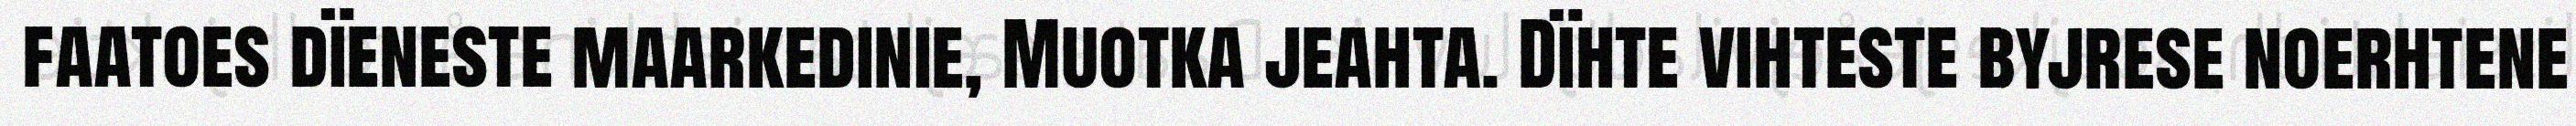
faatoes dïeneste maarkedinie, Muotka jeahta. Dïhte vihteste byjrese noerhtene